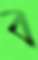
ব